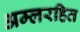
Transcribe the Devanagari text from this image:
अम्लरहित